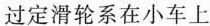
过定滑轮系在小车上